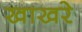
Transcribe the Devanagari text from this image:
खाखरे